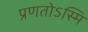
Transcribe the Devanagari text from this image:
प्रणतोऽस्मि